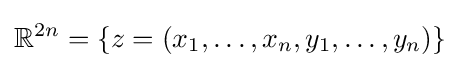
\mathbb {R} ^{2n}=\{z=(x_{1},\ldots ,x_{n},y_{1},\ldots ,y_{n})\}